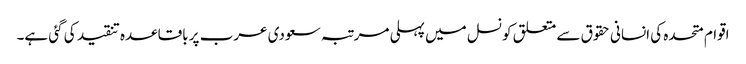
اقوام متحدہ کی انسانی حقوق سے متعلق کونسل میں پہلی مرتبہ سعودی عرب پر باقاعدہ تنقید کی گئی ہے۔